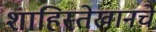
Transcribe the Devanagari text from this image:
शाहिस्तेखानचे